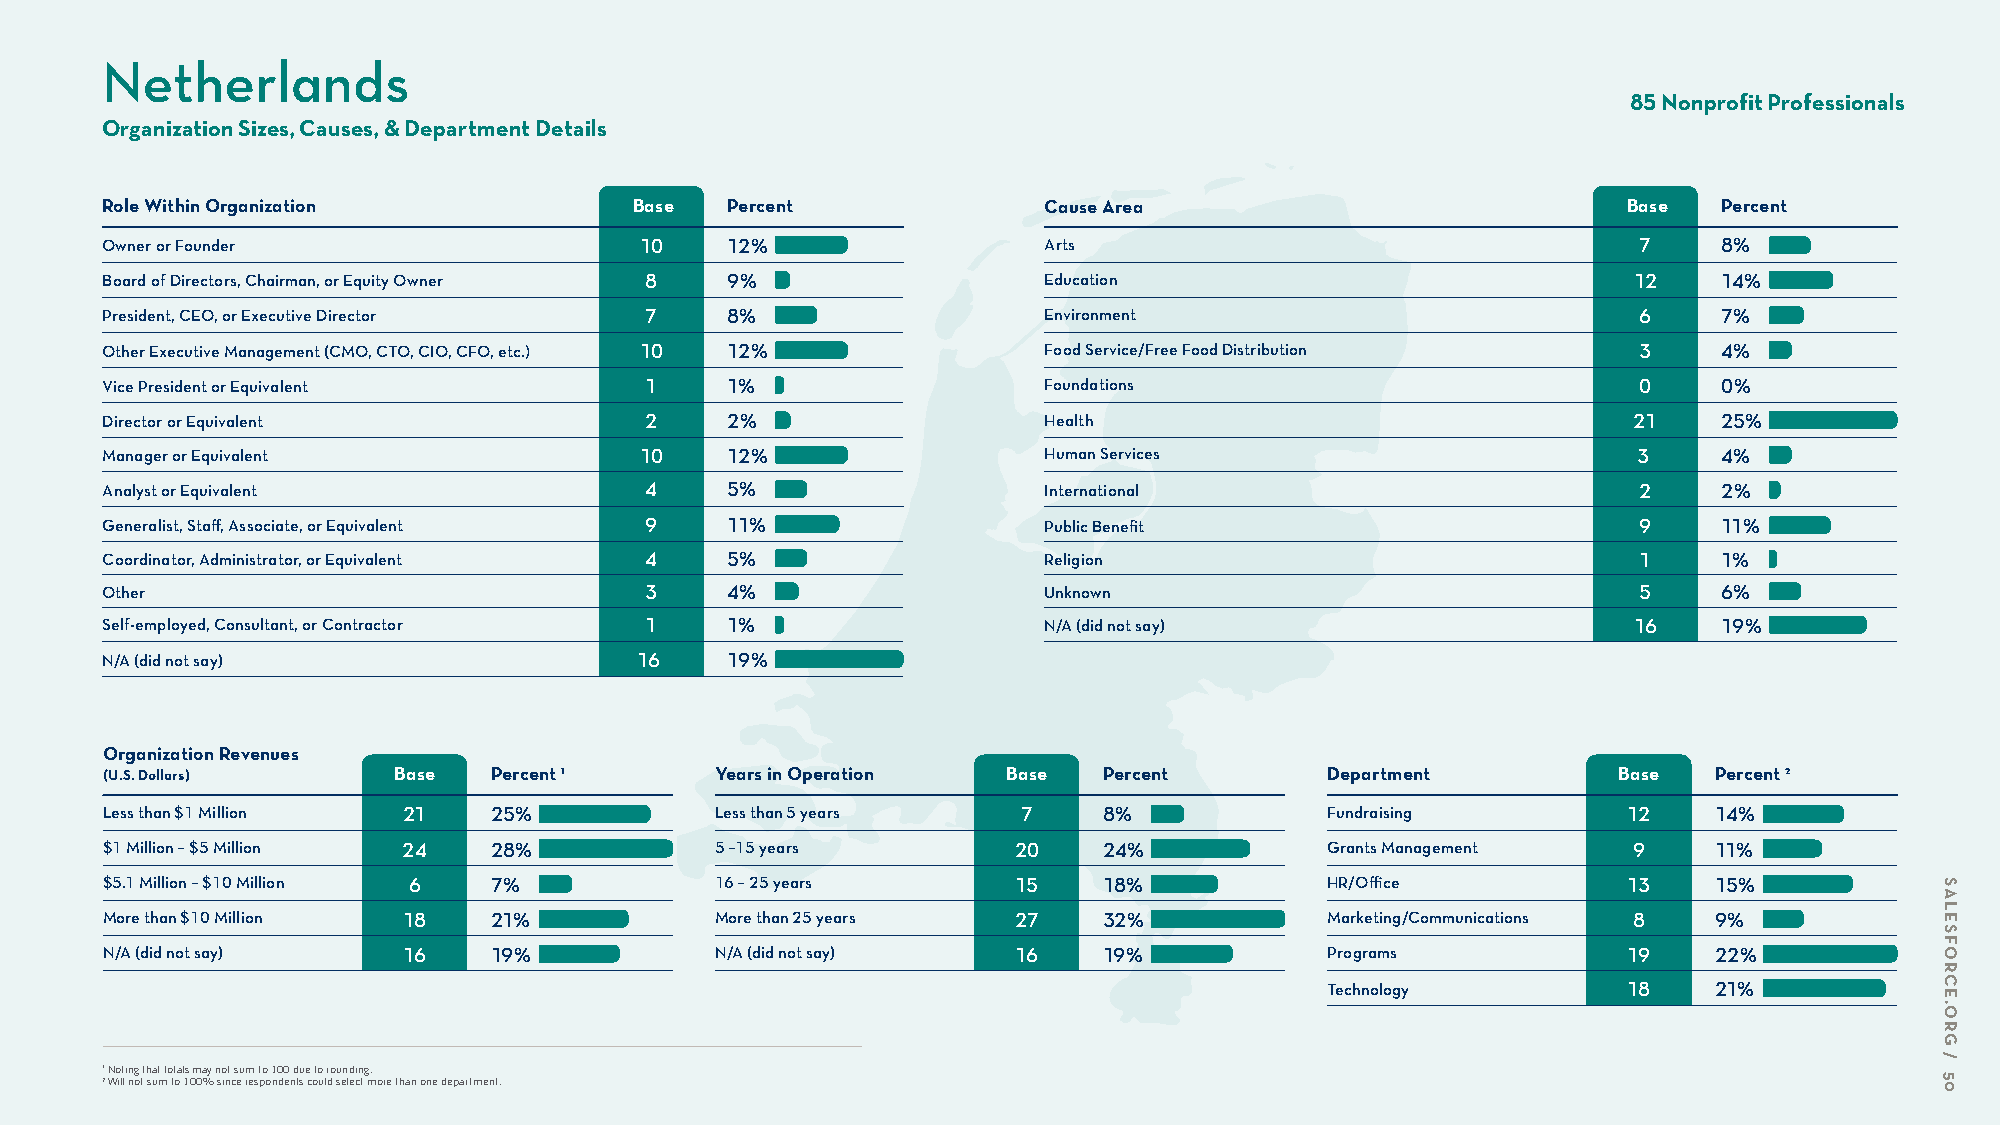
Netherlands
 85 Nonprofit Professionals
 Organization Sizes, Causes, & Department Details
 Role Within Organization           Base  Percent              Cause Area                             Base  Percent
 Owner or Founder                   10    12%                  Arts                                    7    8%
 Board of Directors, Chairman, or Equity Owner 8 9%            Education                              12    14%
 President, CEO, or Executive Director 7  8%                   Environment                             6    7%
 Other Executive Management (CMO, CTO, CIO, CFO, etc.) 10 12%  Food Service/Free Food Distribution     3    4%
 Vice President or Equivalent        1    1%                   Foundations                             0    0%
 Director or Equivalent              2    2%                   Health                                 21    25%
 Manager or Equivalent              10    12%                  Human Services                         3     4%
 Analyst or Equivalent               4    5%                   International                           2    2%
 Generalist, Staff, Associate, or Equivalent 9 11%             Public Benefit                          9    11%
 Coordinator, Administrator, or Equivalent 4 5%                Religion                                1    1%
 Other                               3    4%                   Unknown                                 5    6%
 Self-employed, Consultant, or Contractor 1 1%                 N/A (did not say)                      16    19%
 N/A (did not say)                  16    19%
 Organization Revenues
 (U.S. Dollars)     Base  Percent 1      Years in Operation  Base  Percent        Department         Base  Percent 2
 Less than $1 Million 21  25%            Less than 5 years    7    8%             Fundraising         12   14%
 $1 Million – $5 Million 24 28%          5 –15 years         20    24%            Grants Management   9    11%
 $5.1 Million – $10 Million 6 7%         16 – 25 years       15    18%            HR/Office           13   15%
 More than $10 Million 18 21%            More than 25 years  27    32%            Marketing/Communications 8 9%
 N/A (did not say)   16   19%            N/A (did not say)   16    19%            Programs            19   22%
 Technology          18   21%
 1 Noting that totals may not sum to 100 due to rounding.
 2 Will not sum to 100% since respondents could select more than one department.
 SALESFORCE.ORG
 /
 50